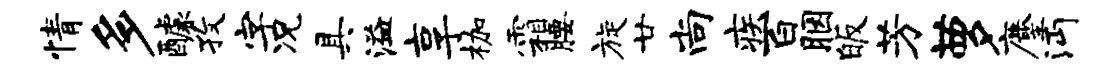
情多醵孜字况具溢享枷霜腰旋廿尚疾百胭皈芳萝麈沔